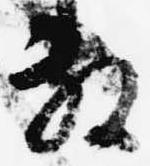
敷